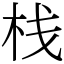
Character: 栈